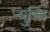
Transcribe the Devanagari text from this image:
न्युक्ति